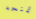
تمنحه